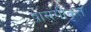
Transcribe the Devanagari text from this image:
प्रासंगीकृत